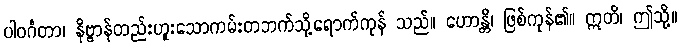
ပါဝင်္ဂတာ၊ နိဗ္ဗာန်တည်းဟူးသောကမ်းတဘက်သို့ရောက်ကုန် သည်။ ဟောန္တိ၊ ဖြစ်ကုန်၏။ ဣတိ၊ ဤသို့။